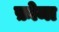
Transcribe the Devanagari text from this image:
फ़ोमा